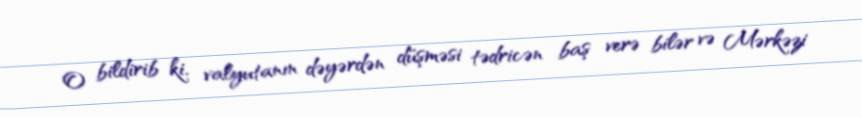
O bildirib ki, valyutanın dəyərdən düşməsi tədricən baş verə bilər və Mərkəzi